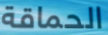
الحماقة